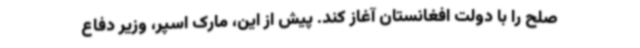
صلح را با دولت افغانستان آغاز کند. پیش از این، مارک اسپر، وزیر دفاع